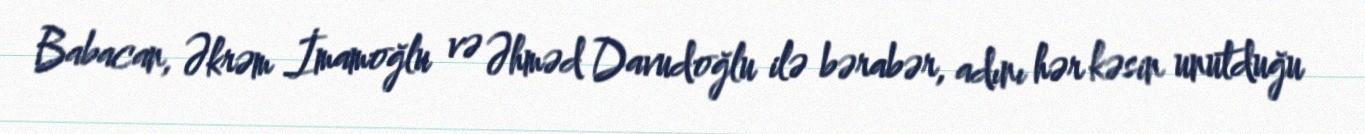
Babacan, Əkrəm İmamoğlu və Əhməd Davudoğlu ilə bərabər, adını hər kəsin unutduğu